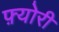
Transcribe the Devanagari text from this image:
फ़्योरी